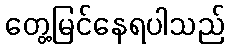
တွေ့မြင်နေရပါသည်